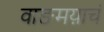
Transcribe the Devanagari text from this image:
वाङमय़ाचं